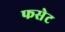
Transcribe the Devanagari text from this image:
फसेट